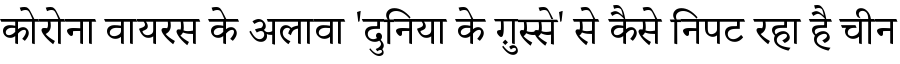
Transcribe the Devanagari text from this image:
कोरोना वायरस के अलावा 'दुनिया के ग़ुस्से' से कैसे निपट रहा है चीन